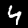
Digit: 4